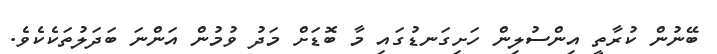
ބޭނުން ކުރާތީ އިންސުލިން ހަށިގަނޑުގައި މާ ބޮޑަށް މަދު ވުމުން އަންނަ ބަދަލުތަކެކެވެ.